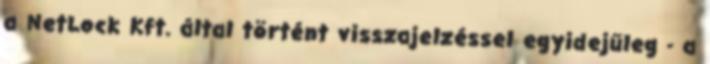
a NetLock Kft. által történt visszajelzéssel egyidejűleg - a